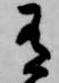
有